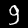
Label: 9